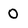
Character: 0